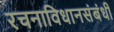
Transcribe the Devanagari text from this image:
रचनाविधानसंबंधी